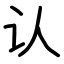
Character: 认